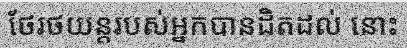
ថែរថយន្តរបស់អ្នកបានដិតដល់ នោះ